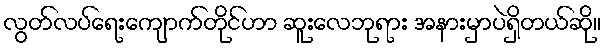
လွတ်လပ်ရေးကျောက်တိုင်ဟာ ဆူးလေဘုရား အနားမှာပဲရှိတယ်ဆို။